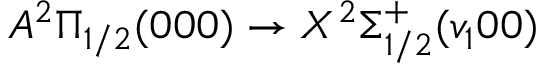
A ^ { 2 } \Pi _ { 1 / 2 } ( 0 0 0 ) \rightarrow X ^ { 2 } \Sigma _ { 1 / 2 } ^ { + } ( v _ { 1 } 0 0 )